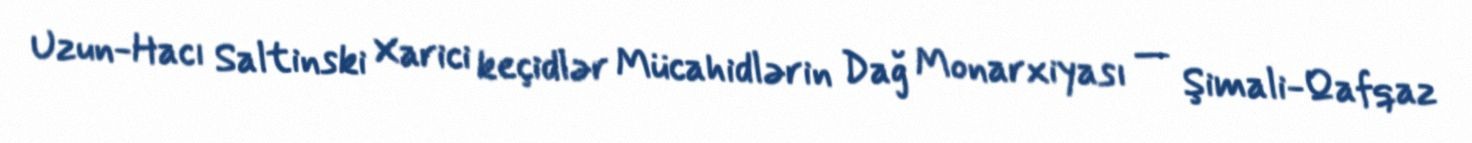
Uzun-Hacı Saltinski Xarici keçidlər Mücahidlərin Dağ Monarxiyası — Şimali-Qafqaz